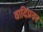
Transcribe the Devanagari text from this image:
वादिप्रवर